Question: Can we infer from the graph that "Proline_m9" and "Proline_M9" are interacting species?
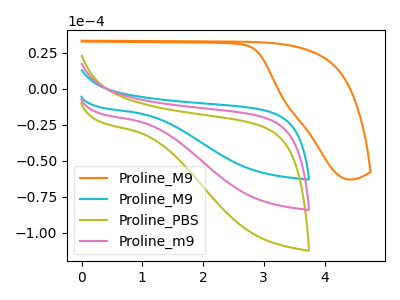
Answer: <think>The orange curve "Proline_M9" has no peaks. The cyan curve "Proline_M9" has no peaks. The olive curve "Proline_PBS" has no peaks. The pink curve "Proline_m9" has no peaks.
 Neither "Proline_m9" or "Proline_M9" have any peaks.</think>
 <answer>No, "Proline_m9" and "Proline_M9" don't appear to be significantly different in shape</answer>
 <eval>no_change</eval>